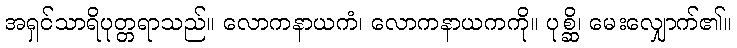
အရှင်သာရိပုတ္တရာသည်။ လောကနာယကံ၊ လောကနာယကကို။ ပုစ္ဆိ၊ မေးလျှောက်၏။